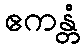
ဧကန္တံ